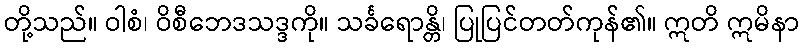
တို့သည်။ ဝါစံ၊ ဝိစီဘေဒသဒ္ဒကို။ သင်္ခရောန္တိ၊ ပြုပြင်တတ်ကုန်၏။ ဣတိ ဣမိနာ